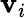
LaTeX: \mathbf{v}_{i}